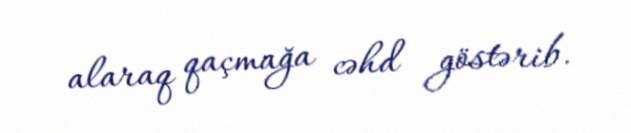
alaraq qaçmağa cəhd göstərib.